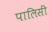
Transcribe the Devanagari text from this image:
पालिसीं